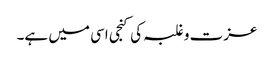
عزت و غلبہ کی کنجی اسی میں ہے۔